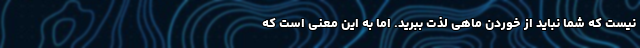
نیست که شما نباید از خوردن ماهی لذت ببرید. اما به این معنی است که